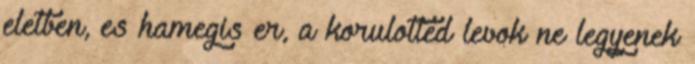
eletben, es hamegis er, a korulotted levok ne legyenek